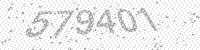
Solution: 579401